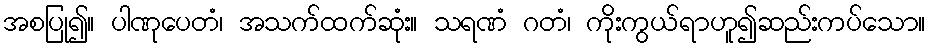
အစပြု၍။ ပါဏုပေတံ၊ အသက်ထက်ဆုံး။ သရဏံ ဂတံ၊ ကိုးကွယ်ရာဟူ၍ဆည်းကပ်သော။